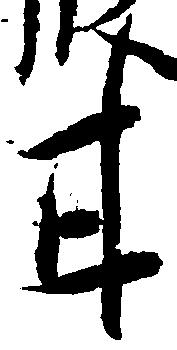
甘